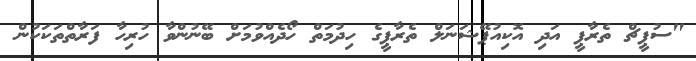
"ސުޕީޗް ތެރާޕީ އަދި އޮކިއުޕޭޝަނަލް ތެރާޕީގެ ހިދުމަތް ހޯދެއްވުމަށް ބޭނުންވާ ހުރިހާ ފަރާތްތަކަކުން